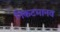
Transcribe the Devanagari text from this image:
निकटमानव